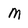
Character: M